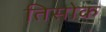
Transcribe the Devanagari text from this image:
तिसोक